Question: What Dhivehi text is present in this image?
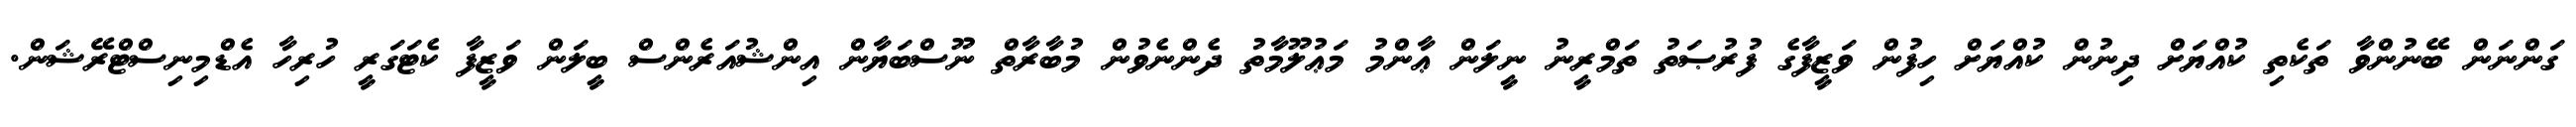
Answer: ގަންނަން ބޭނުންވާ ތަކެތި ކުއްޔަށް ދިނުން ކުއްޔަށް ހިފުން ވަޒީފާގެ ފުރުޞަތު ތަމްރީނު ނީލަން ޢާންމު މަޢުލޫމާތު ދެންނެވުން މުބާރާތް ނޫސްބަޔާން އިންޝުއަރެންސް ބީލަން ވަޒީފާ ކެޓަގަރީ ހުރިހާ އެޑްމިނިސްޓްރޭޝަން.